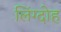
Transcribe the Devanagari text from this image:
लिंग्दोह